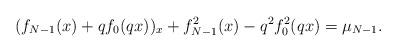
LaTeX: \begin{align*}(f_{N-1}(x)+qf_0(qx))_x+f_{N-1}^2(x)-q^2f_0^2(qx)=\mu_{N-1}.\end{align*}